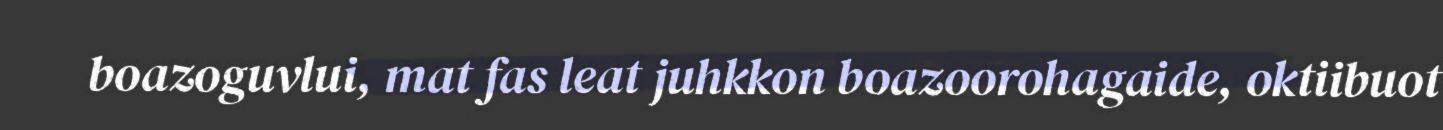
boazoguvlui, mat fas leat juhkkon boazoorohagaide, oktiibuot